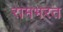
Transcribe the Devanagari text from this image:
रामभरत